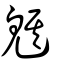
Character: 魌